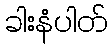
ခါးနံပါတ်